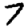
Digit: 7